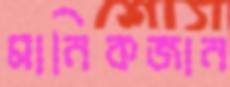
মানিকজান